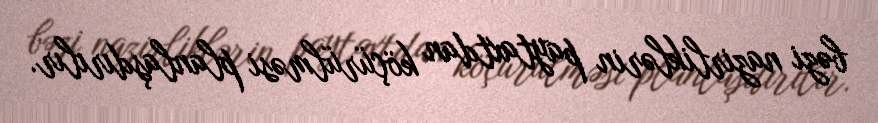
bəzi nazirliklərin paytaxtdan köçürülməsi planlaşdırılır.